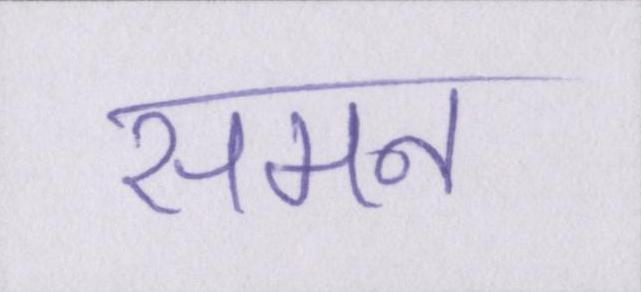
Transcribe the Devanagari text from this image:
समन